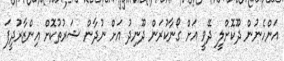
އަންހެނުން ދޫކޮށްލީ ދޭވީ އަށް ގޯނާކުރަން ދޫނިދު އަށް ނުދާން ޝަރުތުކޮށް އިންޒާރުދީފަ